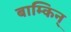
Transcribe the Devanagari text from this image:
बाम्किन्